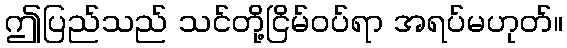
ဤပြည်သည် သင်တို့ငြိမ်ဝပ်ရာ အရပ်မဟုတ်။